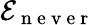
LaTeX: \mathcal{E}_{\mathrm{{~n~e~v~e~r~}}}